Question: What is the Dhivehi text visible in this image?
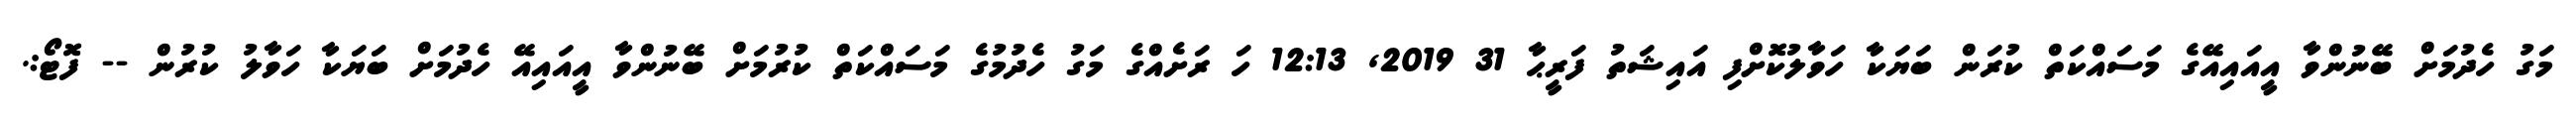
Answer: މަގު ހެދުމަށް ބޭނުންވާ އީއައިއޭގެ މަސައްކަތް ކުރަން ބަޔަކާ ހަވާލުކޮށްފި އައިޝަތު ފަރީޙާ 31 2019, 12:13 ހަ ރަށެއްގެ މަގު ހެދުމުގެ މަސައްކަތް ކުރުމަށް ބޭނުންވާ އީއައިއޭ ހެދުމަށް ބަޔަކާ ހަވާލު ކުރުން -- ފޮޓޯ:.